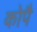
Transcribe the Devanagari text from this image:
कोपै